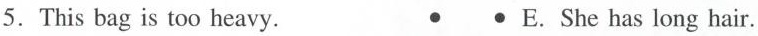
5.This bag is too heavy. • • E.She has long hair.